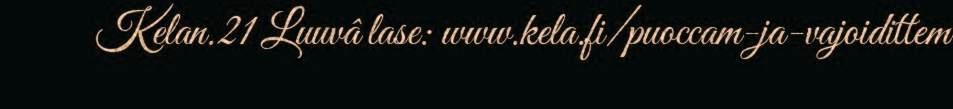
Kelan.21 Luuvâ lase: www.kela.fi/puoccam-ja-vajoidittem